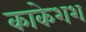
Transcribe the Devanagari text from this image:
काकेशश